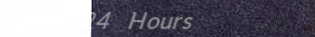
Open 24 Hours